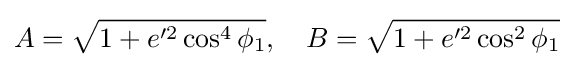
A={\sqrt {1+e'^{2}\cos ^{4}\phi _{1}}},\quad B={\sqrt {1+e'^{2}\cos ^{2}\phi _{1}}}